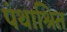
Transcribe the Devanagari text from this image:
पंथाश्रित